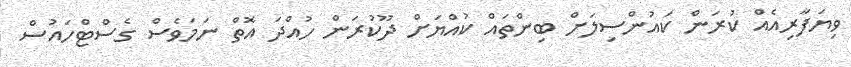
ވިޔަފާރިއެއް ކުރަން ކައުންސިލަށް ބިންތައް ކުއްޔަށް ދޫކުރަން ހުއްދަ އޮތް ނަމަވެސް ގެސްޓްހައުސް